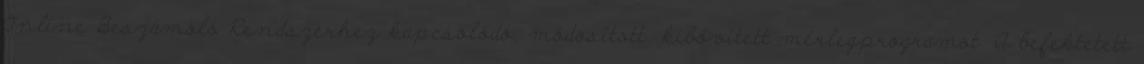
Online Beszámoló Rendszerhez kapcsolódó, módosított, kibővített mérlegprogramot. A befektetett